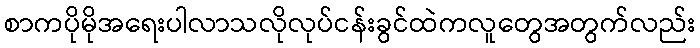
စာကပိုမိုအရေးပါလာသလိုလုပ်ငန်းခွင်ထဲကလူတွေအတွက်လည်း